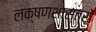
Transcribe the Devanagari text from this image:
लक्षणशास्त्रों